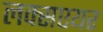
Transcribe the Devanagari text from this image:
लक्सएयर